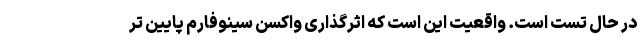
در حال تست است. واقعیت این است که اثرگذاری واکسن سینوفارم پایین تر